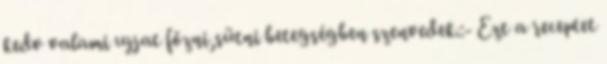
kedv valami ujjat főzni,sütni betegségben szenvedek.:- Ezt a receptet